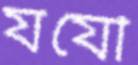
যযৌ